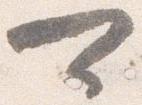
可